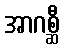
အာဂစ္ဆီ